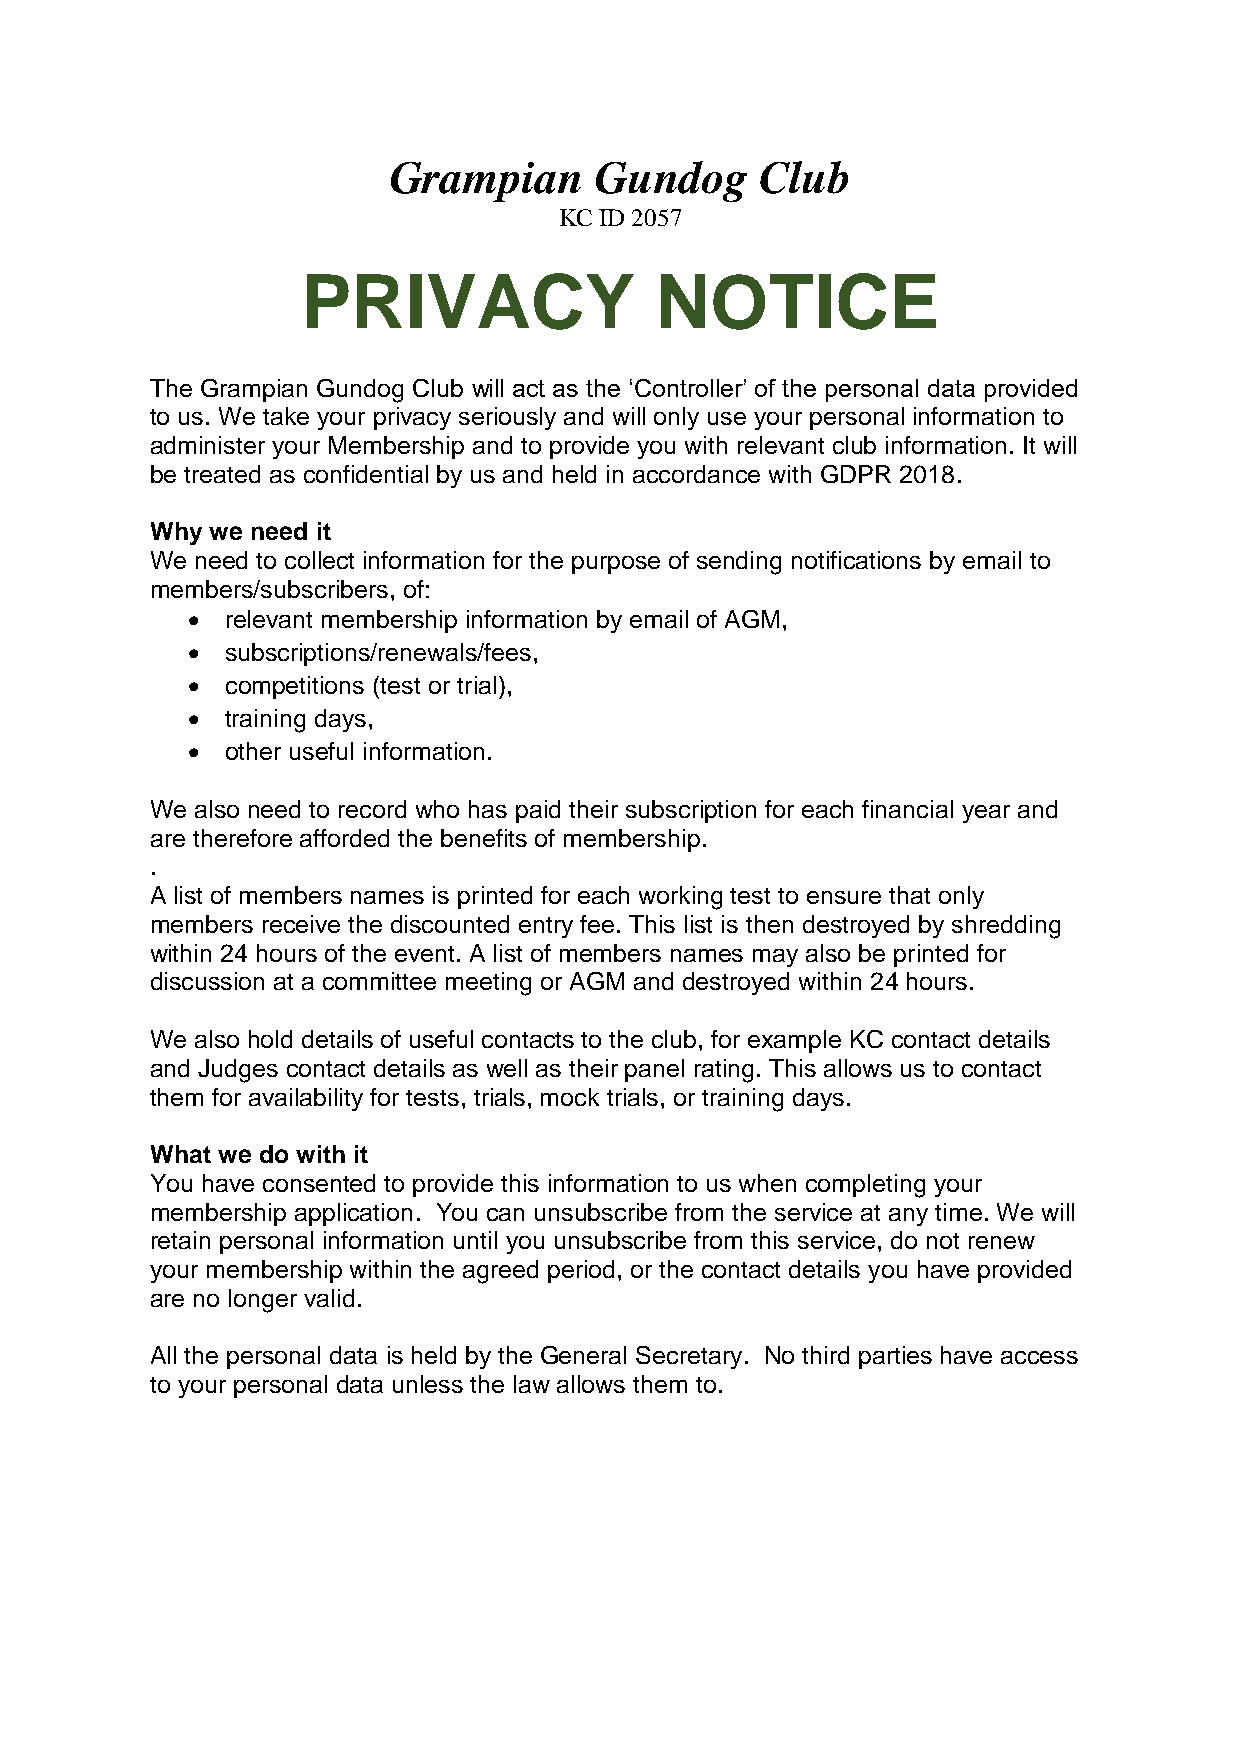
Grampian     Gundog     Club
 KC ID 2057
 PRIVACY                NOTICE
 The Grampian Gundog Club will act as the ‘Controller’ of the personal data provided
 to us. We take your privacy seriously and will only use your personal information to
 administer your Membership and to provide you with relevant club information. It will
 be treated as confidential by us and held in accordance with GDPR 2018.
 Why we need it
 We need to collect information for the purpose of sending notifications by email to
 members/subscribers, of:
 •  relevant membership information by email of AGM,
 •  subscriptions/renewals/fees,
 •  competitions (test or trial),
 •  training days,
 •  other useful information.
 We also need to record who has paid their subscription for each financial year and
 are therefore afforded the benefits of membership.
 .
 A list of members names is printed for each working test to ensure that only
 members receive the discounted entry fee. This list is then destroyed by shredding
 within 24 hours of the event. A list of members names may also be printed for
 discussion at a committee meeting or AGM and destroyed within 24 hours.
 We also hold details of useful contacts to the club, for example KC contact details
 and Judges contact details as well as their panel rating. This allows us to contact
 them for availability for tests, trials, mock trials, or training days.
 What we do with it
 You have consented to provide this information to us when completing your
 membership application. You can unsubscribe from the service at any time. We will
 retain personal information until you unsubscribe from this service, do not renew
 your membership within the agreed period, or the contact details you have provided
 are no longer valid.
 All the personal data is held by the General Secretary. No third parties have access
 to your personal data unless the law allows them to.